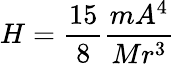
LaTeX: H={\frac{15}{8}}{\frac{mA^{4}}{Mr^{3}}}